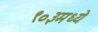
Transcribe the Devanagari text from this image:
९०३मध्ये